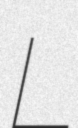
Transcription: L